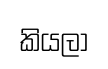
කියලා